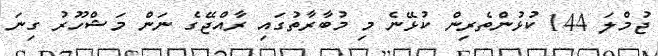
ޖުމްލަ 144 ކުޅުންތެރިން ކުޅޭނެ މި މުބާރާތުގައި ރާއްޖޭގެ ނަން މަޝްހޫރު ގިނަ